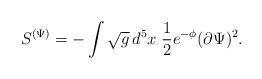
LaTeX: \begin{align*}S^{(\Psi)} = -\int \sqrt{g} \, d^5 x \;\frac{1}{2} e^{-\phi} (\partial \Psi)^{2} .\end{align*}